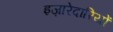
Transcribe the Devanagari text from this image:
इज़ारेदारियों